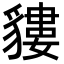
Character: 貗